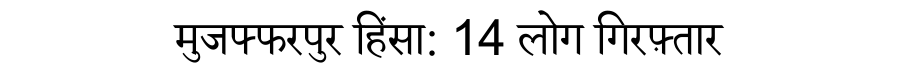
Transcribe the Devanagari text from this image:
मुजफ्फरपुर हिंसा: 14 लोग गिरफ़्तार